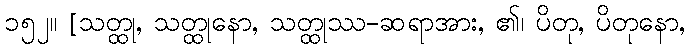
၁၅၂။ [သတ္ထု, သတ္ထုနော, သတ္ထုဿ-ဆရာအား, ၏၊ ပိတု, ပိတုနော,